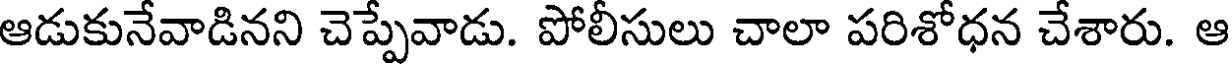
ఆడుకునేవాడినని చెప్పేవాడు. పోలీసులు చాలా పరిశోధన చేశారు. ఆ